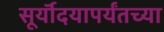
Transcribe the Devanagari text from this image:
सूर्यॊदयापर्यंतच्या